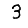
Digit: 3